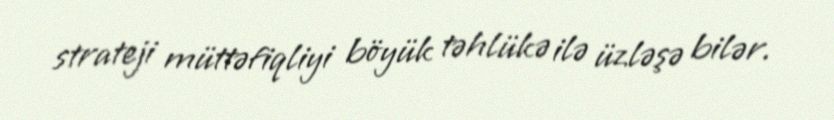
strateji müttəfiqliyi böyük təhlükə ilə üzləşə bilər.